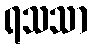
ရသသာ